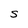
Character: S